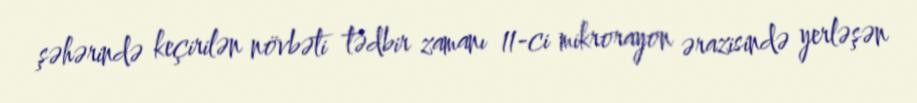
şəhərində keçirilən növbəti tədbir zamanı 11-ci mikrorayon ərazisində yerləşən